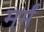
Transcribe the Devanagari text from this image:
मर्मं